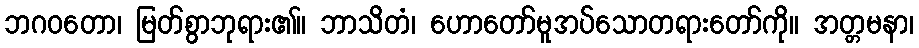
ဘဂဝတော၊ မြတ်စွာဘုရား၏။ ဘာသိတံ၊ ဟောတော်မူအပ်သောတရားတော်ကို။ အတ္တမနာ၊